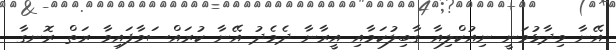
އޭނާ ވިދާޅުވަނީ ނިއުކްލިއާ ގާބިލުކަމާއި އީރާނާ ދެމެދު އޭނާ ކުރައްސަވާފައިވާ ރަތް ރޮނގާ